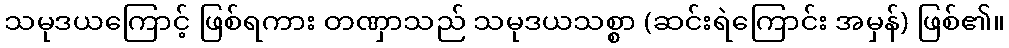
သမုဒယကြောင့် ဖြစ်ရကား တဏှာသည် သမုဒယသစ္စာ (ဆင်းရဲကြောင်း အမှန်) ဖြစ်၏။